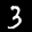
Label: 3